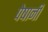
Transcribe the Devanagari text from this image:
पेषानी